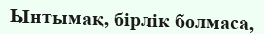
Ынтымақ, бірлік болмаса,